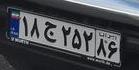
۱۸ج۲۵۲۸۶